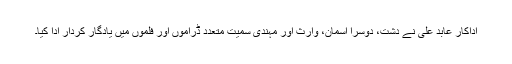
اداکار عابد علی نے دشت، دوسرا آسمان، وارث اور مہندی سمیت متعدد ڈراموں اور فلموں میں یادگار کردار ادا کیا۔